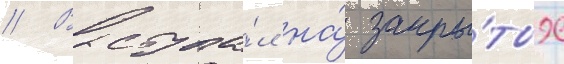
// Выступа́л на́ закры́тых